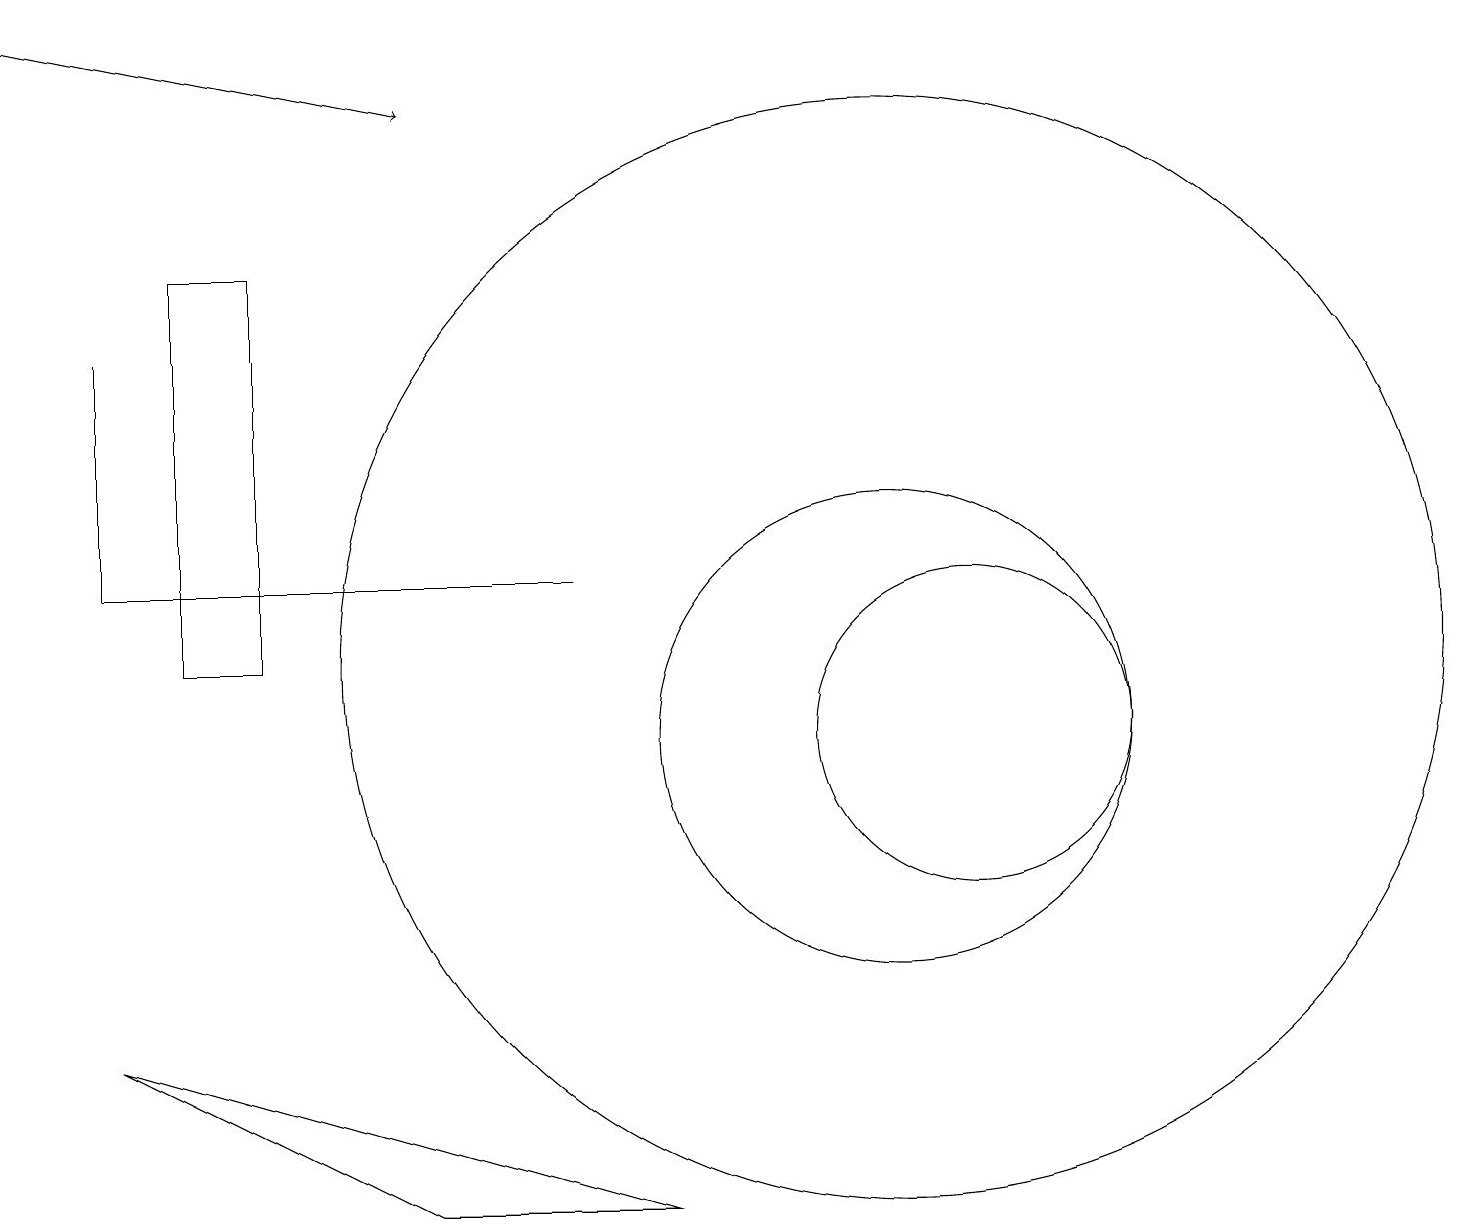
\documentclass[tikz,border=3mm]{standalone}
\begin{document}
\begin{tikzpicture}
\draw[->] (0,19) -- (5,18);
\draw (1,12) rectangle (7,12);
\draw (2,16) rectangle (3,11);
\draw (11,10) circle (3);
\draw (1,12) rectangle (1,15);
\draw (12,10) circle (2);
\draw (8,4) -- (1,6) -- (5,4) -- cycle;
\draw (11,11) circle (7);
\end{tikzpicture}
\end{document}